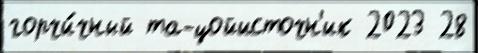
горчи́чный та-цойисточн'ик 2023 28